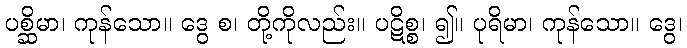
ပစ္ဆိမာ၊ ကုန်သော။ ဒွေ စ၊ တို့ကိုလည်း။ ပဋိစ္စ၊ ၍။ ပုရိမာ၊ ကုန်သော။ ဒွေ၊